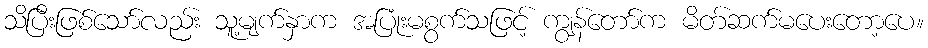
သိပြီးဖြစ်သော်လည်း သူ့မျက်နှာက အပြုံးမစွက်သဖြင့် ကျွန်တော်က မိတ်ဆက်မပေးတော့ပေ။